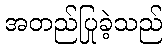
အတည်ပြုခဲ့သည်